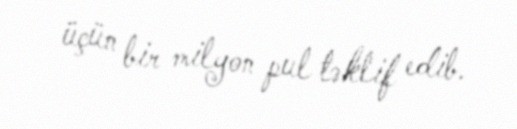
üçün bir milyon pul təklif edib.